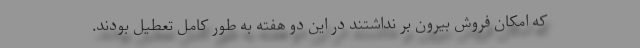
که امکان فروش بیرون بر نداشتند در این دو هفته به طور کامل تعطیل بودند.